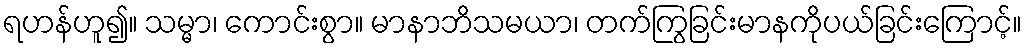
ရဟန်ဟူ၍။ သမ္မာ၊ ကောင်းစွာ။ မာနာဘိသမယာ၊ တက်ကြွခြင်းမာနကိုပယ်ခြင်းကြောင့်။